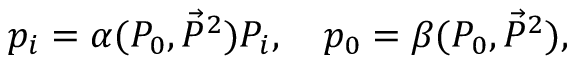
p _ { i } = \alpha ( { \cal P } _ { 0 } , \vec { { \cal P } } { } ^ { 2 } ) { \cal P } _ { i } , \quad p _ { 0 } = \beta ( { \cal P } _ { 0 } , \vec { { \cal P } } { } ^ { 2 } ) ,